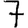
Digit: 7